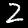
Digit: 2